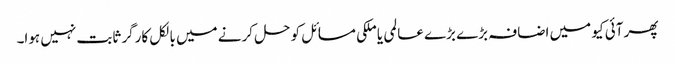
پھر آئی کیو میں اضافہ بڑے بڑے عالمی یا ملکی مسائل کو حل کرنے میں بالکل کارگر ثابت نہیں ہوا۔